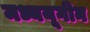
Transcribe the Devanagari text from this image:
मध्ययूगीन